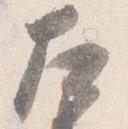
左